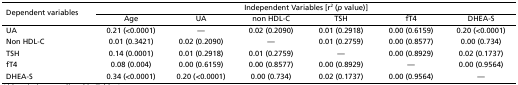
| <ROWSPAN=2> Dependent variables | <COLSPAN=6> Independent Variables [r2 (p value)] |
 | Age | UA | non HDL-C | TSH | fT4 | DHEA-S |
 | --- | --- | --- | --- | --- | --- | --- |
 | UA | 0.21 (<0.0001) | — | 0.02 (0.2090) | 0.01 (0.2918) | 0.00 (0.6159) | 0.20 (<0.0001) |
 | Non HDL-C | 0.01 (0.3421) | 0.02 (0.2090) | — | 0.01 (0.2759) | 0.00 (0.8577) | 0.00 (0.734) |
 | TSH | 0.14 (0.0001) | 0.01 (0.2918) | 0.01 (0.2759) | — | 0.00 (0.8929) | 0.02 (0.1737) |
 | fT4 | 0.08 (0.004) | 0.00 (0.6159) | 0.00 (0.8577) | 0.00 (0.8929) | — | 0.00 (0.9564) |
 | DHEA-S | 0.34 (<0.0001) | 0.20 (<0.0001) | 0.00 (0.734) | 0.02 (0.1737) | 0.00 (0.9564) | — |